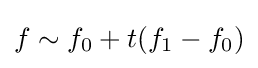
f\sim f_{0}+t(f_{1}-f_{0})